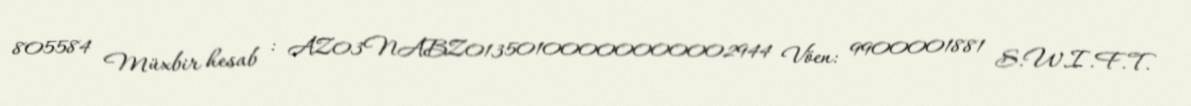
805584 Müxbir hesab : AZ03NABZ01350100000000002944 Vöen: 9900001881 S.W.I.F.T.